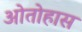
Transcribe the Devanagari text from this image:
ओतोहास